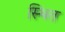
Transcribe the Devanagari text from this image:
स्थित